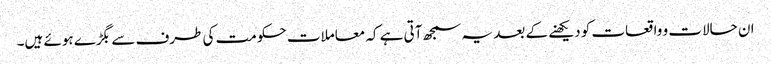
ان حالات و واقعات کو دیکھنے کے بعد یہ سمجھ آتی ہے کہ معاملات حکومت کی طرف سے بگڑے ہوئے ہیں۔